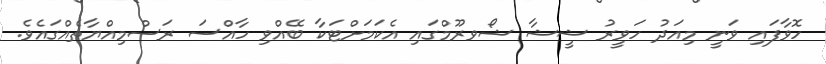
ހޮވާފައި ވަނީ މިއަދު ހަވީރު ޝީޝާ ޝޯވރޫމްގައި އެކަމަށްޓަކާ ބޭއްވި ހާއްސަ ރަސްމިއްޔާތެއްގައެވެ.